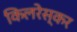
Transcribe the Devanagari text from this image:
किलरेस्कर